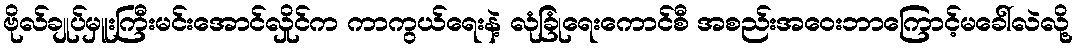
ဗိုလ်ချုပ်မှူးကြီးမင်းအောင်လှိုင်က ကာကွယ်ရေးနဲ့ လုံခြုံရေးကောင်စီ အစည်းအဝေးဘာကြောင့်မခေါ်လဲလို့